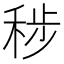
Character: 𮃊